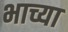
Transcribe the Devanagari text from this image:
भाच्या